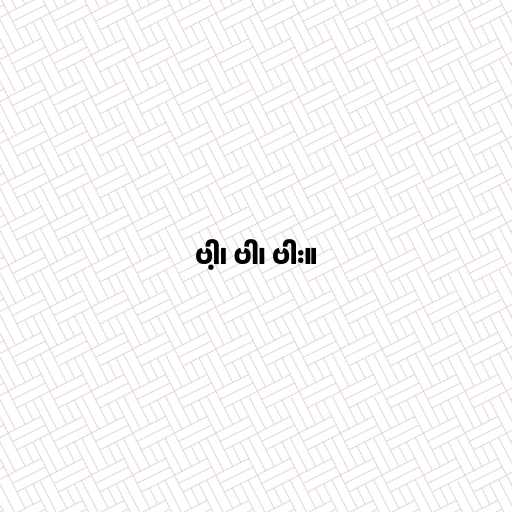
ဗါ့၊ ဗါ၊ ဗါး။